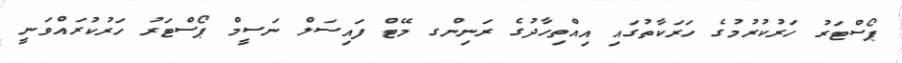
ޕޯސްޓަރު ހަރުކުރުމުގެ ހަރަކާތުގައި އިއްތިހާދުގެ ރަނިންގ މޭޓް ފައިސަލް ނަސީމް ޕޯސްޓަރު ހަރުކުރައްވަނީ